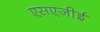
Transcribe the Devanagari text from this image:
एसएजीई